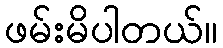
ဖမ်းမိပါတယ်။